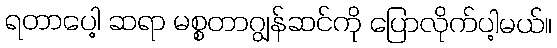
ရတာပေါ့ ဆရာ မစ္စတာဂျွန်ဆင်ကို ပြောလိုက်ပါ့မယ်။